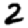
Digit: 2